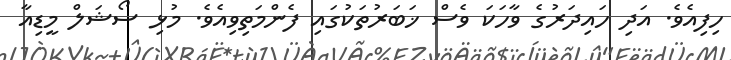
ހިފިއެވެ. އަދި ހައިދަރުގެ ވާހަކަ ވެސް ޚަބަރުތަކުގައި ފެންމަތިވިއެވެ. މުޅި ސޯޝަލް މީޑިއާ